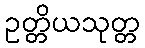
ဥတ္တိယသုတ္တ